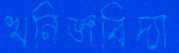
খনিজবিদ্যা